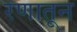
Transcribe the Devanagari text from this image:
रणातून